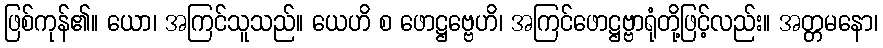
ဖြစ်ကုန်၏။ ယော၊ အကြင်သူသည်။ ယေဟိ စ ဖောဋ္ဌဗ္ဗေဟိ၊ အကြင်ဖောဋ္ဌဗ္ဗာရုံတို့ဖြင့်လည်း။ အတ္တမနော၊